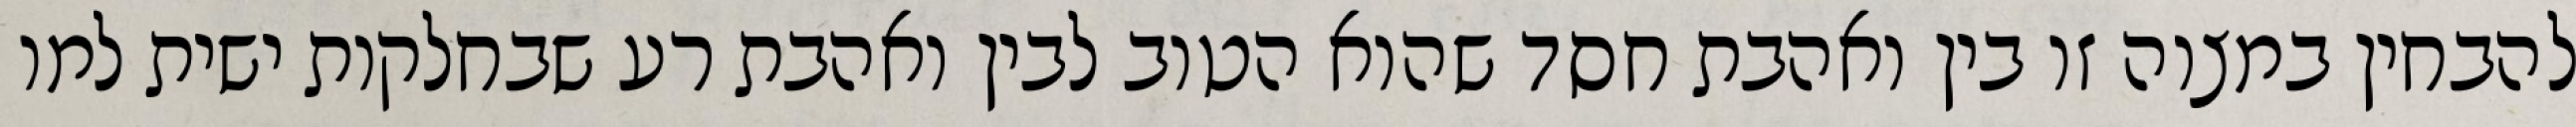
להבחין במצוה זו בין ואהבת חסד שהוא הטוב לבין ואהבת רע שבחלקות ישית למו